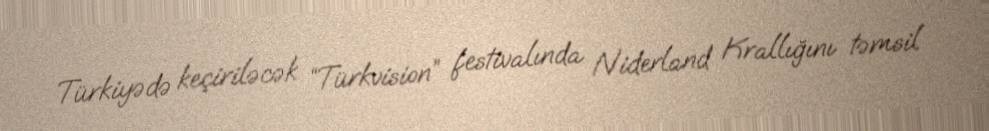
Türkiyədə keçiriləcək “Türkvision” festivalında Niderland Krallığını təmsil